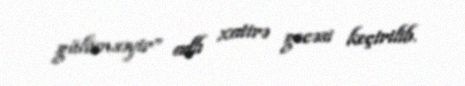
gülümsəyir” adlı xatirə gecəsi keçirilib.